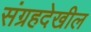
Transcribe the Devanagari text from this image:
संग्रहदेखील